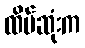
ထိပ်ဆုံးက